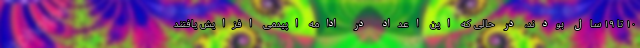
۱۰ تا ۱۹ سال بودند، در حالی که این اعداد در ادامه اپیدمی افزایش یافتند